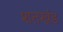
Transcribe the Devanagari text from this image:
शतखंड